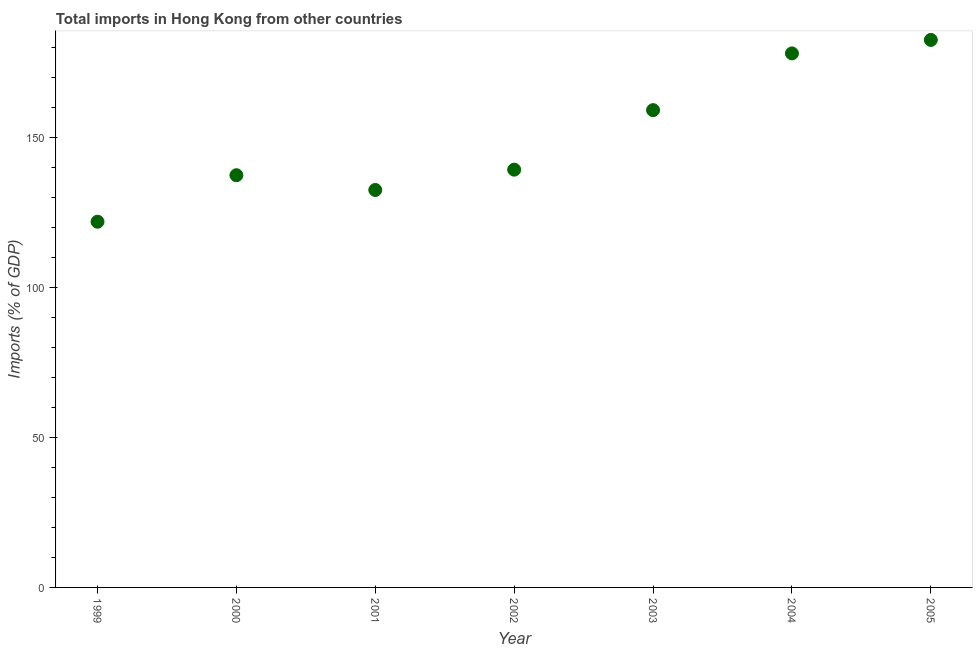
| Year | Imports |
 | --- | --- |
 | 1999 | 122 |
 | 2000 | 137 |
 | 2001 | 132 |
 | 2002 | 139 |
 | 2003 | 159 |
 | 2004 | 178 |
 | 2005 | 182 |